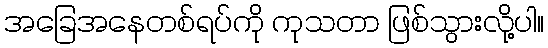
အခြေအနေတစ်ရပ်ကို ကုသတာ ဖြစ်သွားလို့ပါ။